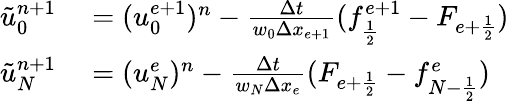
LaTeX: \begin{array}{rl}{\tilde{u}_{0}^{n+1}}&{{}=(u_{0}^{e+1})^{n}-\frac{\Delta t}{w_{0}\Delta x_{e+1}}(f_{\frac{1}{2}}^{e+1}-F_{{e+\frac{1}{2}}})}\\ {\tilde{u}_{N}^{n+1}}&{{}=(u_{N}^{e})^{n}-\frac{\Delta t}{w_{N}\Delta x_{e}}(F_{{e+\frac{1}{2}}}-f_{{N-\frac{1}{2}}}^{e})}\end{array}